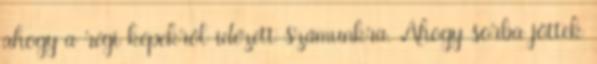
ahogy a régi képekről idézett számunkra. Ahogy sorba jöttek